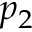
p _ { 2 }